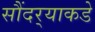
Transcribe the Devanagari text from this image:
सौंदर्‍याकडे